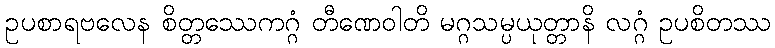
ဥပစာရဗလေန စိတ္တဿေကဂ္ဂံ တီဏေဝါတိ မဂ္ဂသမ္ပယုတ္တာနိ လဂ္ဂံ ဥပစိတဿ